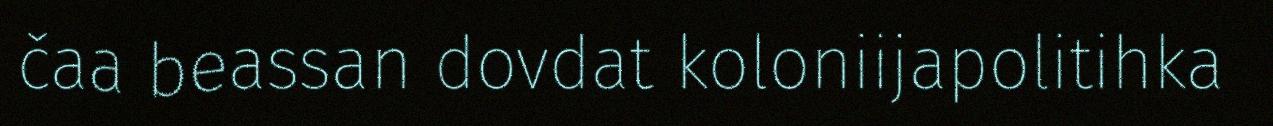
čaa beassan dovdat koloniijapolitihka